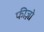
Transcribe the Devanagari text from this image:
फीज़ो